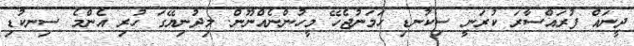
ދީނައް ފުރައްސާރަ ކުރަނީ ސިކުނޑި ހަމަނުޖެހޭ މީހުންނެއްނޫން. މިދުނިޔޭގަ ހުރި އެންމެ ސިނކުޑި